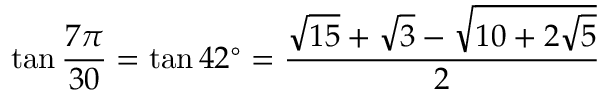
\tan { \frac { 7 \pi } { 3 0 } } = \tan 4 2 ^ { \circ } = { \frac { { \sqrt { 1 5 } } + { \sqrt { 3 } } - { \sqrt { 1 0 + 2 { \sqrt { 5 } } } } } { 2 } }